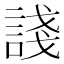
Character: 諓